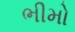
ભીમો